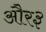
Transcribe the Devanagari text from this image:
और३